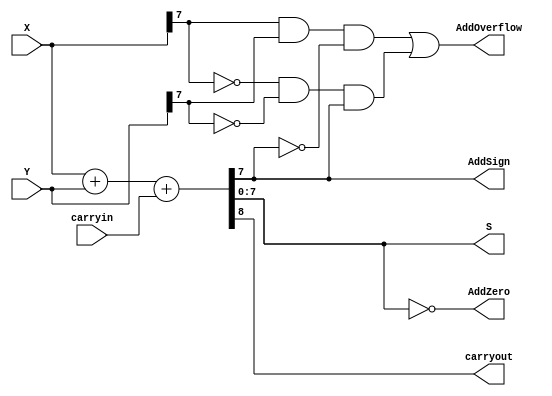
module adderk (
        carryin, X, Y,
        S,
        carryout, AddZero, AddOverflow, AddSign
    );
    parameter k = 8;
    input       [k-1:0]     X;
    input       [k-1:0]     Y;
    input                   carryin;
    output  reg [k-1:0]     S;
    output  reg             carryout;
    output  reg             AddZero;
    output  reg             AddOverflow;
    output  reg             AddSign;
    always@(X or Y or carryin) begin
        {carryout, S} = X + Y + carryin;
        AddZero = S == 0;
        AddOverflow = (X[k-1] & Y[k-1] & ~S[k-1]) |
                    (~X[k-1] & ~Y[k-1] & S[k-1]);
        AddSign = S[k-1];
    end
endmodule